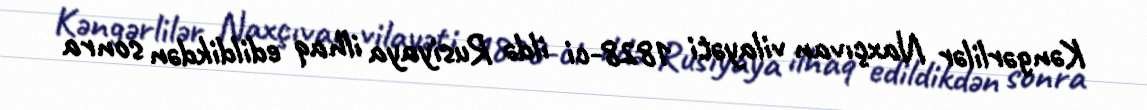
Kəngərlilər Naxçıvan vilayəti 1828-ci ildə Rusiyaya ilhaq edildikdən sonra